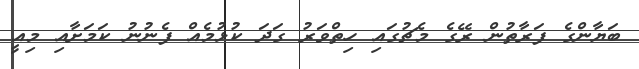
ބަޔާންގެ ފަރާތުން ރޭގެ މެޗުގައި ހިތްވަރު ގަދަ ކުޅުމެއް ފެނުނު ކަމަށާއި މިއީ